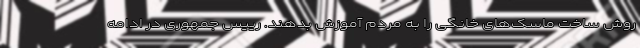
روش ساخت ماسک‌های خانگی را به مردم آموزش بدهند. رییس جمهوری در ادامه